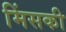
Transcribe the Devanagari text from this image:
मिंसकी